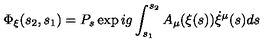
\Phi _ { \xi } ( s _ { 2 } , s _ { 1 } ) = P _ { s } \exp i g \int _ { s _ { 1 } } ^ { s _ { 2 } } A _ { \mu } ( \xi ( s ) ) \dot { \xi } ^ { \mu } ( s ) d s